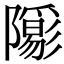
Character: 𨽑